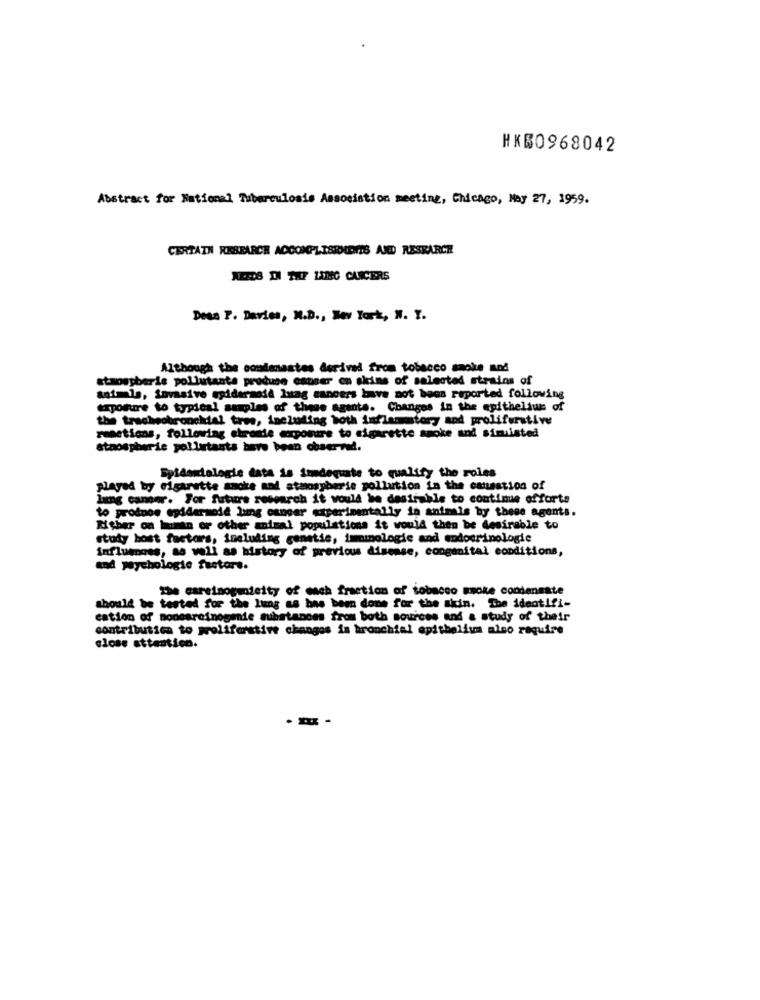
HKS0968042
Abstract for National Tuberculosis Association meeting, Chicago, May 27, 1959.
CERTAIN RESEARCH ACCOMPLISRADIS AND RESEARCH
NEEDS DI THF LING CANCERS
Dean P. Davies, M.D ., New York, N. Y.
Although the condenastes derived from tobacco smoke and
atmospheric pollutants produce cancer on skins of selected strains of
animals, invasive egidaranid lung cancers have not been reported following
exposure to typical samples of these agente. Changes in the epithelium of
the tracheobronchial tree, including both inflammatory and proliferative
reactions, following ekranie exposure to cigarette smoke and simisted
staospheric pollutants have been observed.
Byldontologie data is inadequate to qualify the roles
played by cigarette smoke and atmospheric pollution in the causation of
lung cancer. For future research it would be desirable to continue offorte
to prodnoe epidermoid lung cancer experimentally in animals by these agents.
Mither on human or other animal populations it would then be desirable to
study host factors, including genetic, immunologie and endocrinologie
influmoss, as well as history of previous disease, congenital conditions,
and psychologie factors.
The careinogenieity of each fraction of tobacco moke condensate
should be tested for the lung as has been done for the skin. The identifi-
cation of Bonesreinogenie substances from both sources and a study of their
contributica to proliferative changes in bronchial epithelium also require
close attention.
-- -